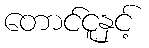
တောင်ငူနှင့်